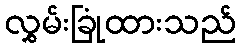
လွှမ်းခြုံထားသည်